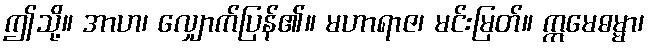
ဤသို့။ အာဟ၊ လျှောက်ပြန်၏။ မဟာရာဇ၊ မင်းမြတ်။ ဣမေဓမ္မာ၊